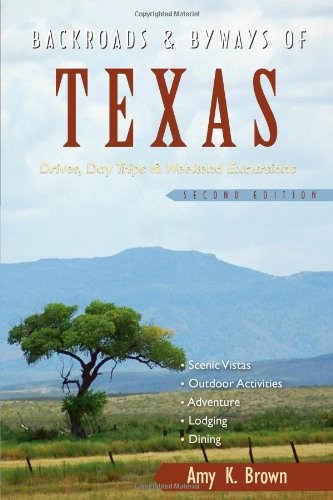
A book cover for Backroads & Byways of Texas: Drives, Day Trips & Weekend Excursions (Second Edition)  (Backroads & Byways); Amy K. Brown; Travel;